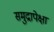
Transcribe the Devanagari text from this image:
समुद्रापेक्षा